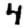
Digit: 4